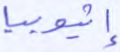
إثيوبيا